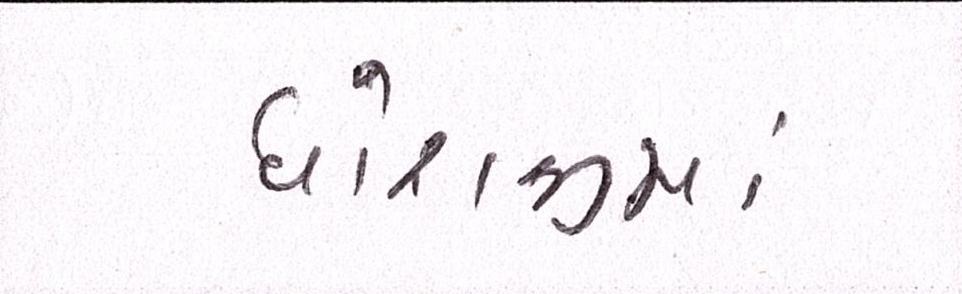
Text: ધોરાજીમાં